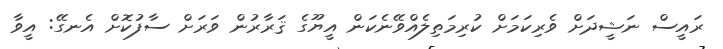
ރައީސް ނަޝީދަށް ވެރިކަމަށް ކުރިމަތިލެއްވޭނެކަން އީޔޫގެ ޤަރާރުން ވަރަށް ސާފުކޮށް އެނގޭ: އީވާ